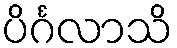
ပိင်္ဂလာသိ